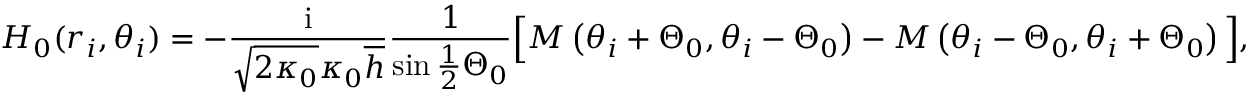
H _ { 0 } ( r _ { i } , \theta _ { i } ) = - \frac { \mathrm { i } } { \sqrt { 2 \kappa _ { 0 } } \kappa _ { 0 } \overline { { h } } } \frac { 1 } { \sin \frac { 1 } { 2 } \Theta _ { 0 } } \Big [ M \left( \theta _ { i } + \Theta _ { 0 } , \theta _ { i } - \Theta _ { 0 } \right) - M \left( \theta _ { i } - \Theta _ { 0 } , \theta _ { i } + \Theta _ { 0 } \right) \Big ] ,